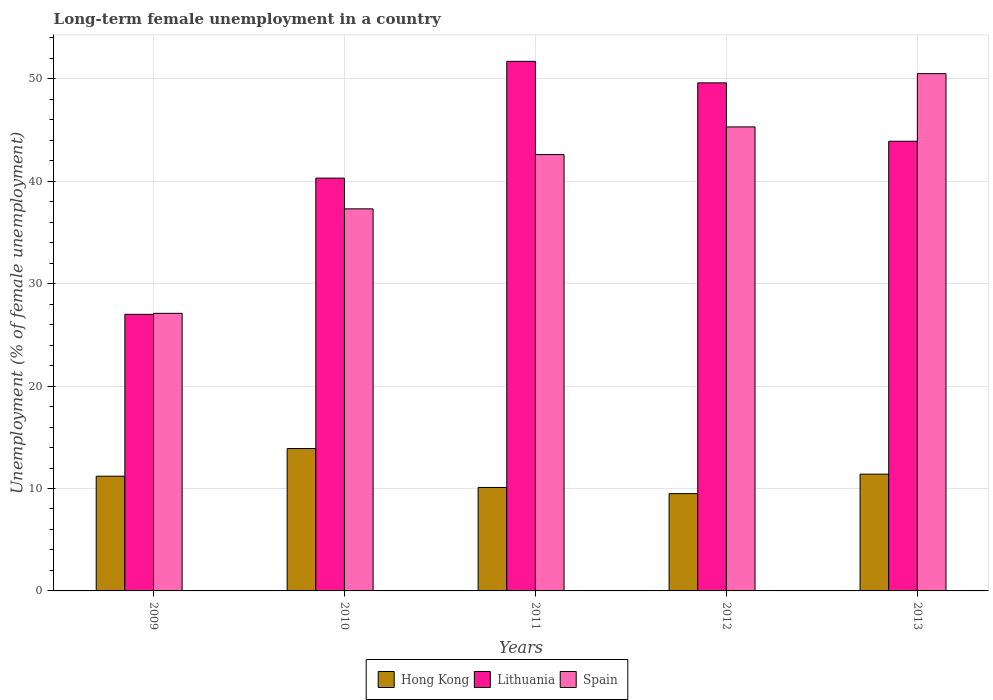
| Years | Hong Kong | Lithuania | Spain |
 | --- | --- | --- | --- |
 | 2009 | 11.2 | 27 | 27.1 |
 | 2010 | 13.9 | 40.3 | 37.3 |
 | 2011 | 10.1 | 51.7 | 42.6 |
 | 2012 | 9.5 | 49.6 | 45.3 |
 | 2013 | 11.4 | 43.9 | 50.5 |